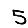
Digit: 5